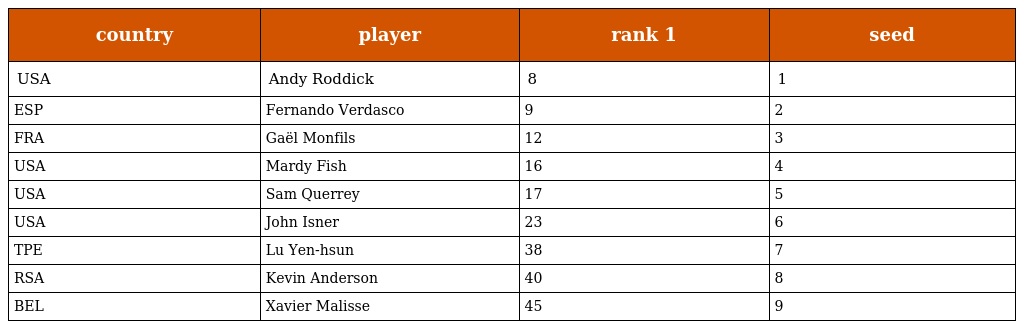
| country | player | rank 1 | seed |
 | --- | --- | --- | --- |
 | USA | Andy Roddick | 8 | 1 |
 | ESP | Fernando Verdasco | 9 | 2 |
 | FRA | Gaël Monfils | 12 | 3 |
 | USA | Mardy Fish | 16 | 4 |
 | USA | Sam Querrey | 17 | 5 |
 | USA | John Isner | 23 | 6 |
 | TPE | Lu Yen-hsun | 38 | 7 |
 | RSA | Kevin Anderson | 40 | 8 |
 | BEL | Xavier Malisse | 45 | 9 |